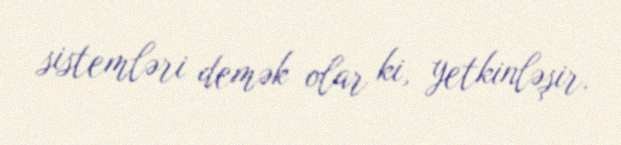
sistemləri demək olar ki, yetkinləşir.